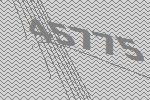
45775